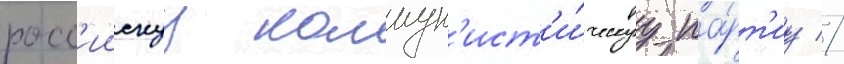
росс'иискуу коммун'ист'и́ческуу па́рт'иу //